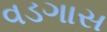
વડગાસ